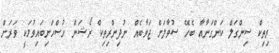
ރިތިކް ސިންގަލް ކަންގަނާއާ ބެހޭ ސުވާލަށް ޖަވާބެއް ނުދިންރިތިކް ރޯޝަން ހުސްހަށިބައިވުމަކީ ވަރަށް